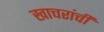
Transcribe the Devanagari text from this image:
खाचरांची